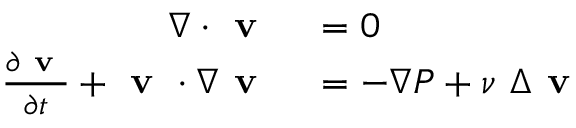
\begin{array} { r l } { \nabla \cdot \textbf { v } } & { { } = 0 } \\ { \frac { \partial \textbf { v } } { \partial t } + \textbf { v } \cdot \nabla \textbf { v } } & { { } = - \nabla P + \nu ~ \Delta \textbf { v } } \end{array}